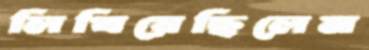
লিখিয়েছিলেম